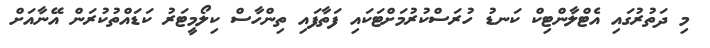
މި ދަތުރުގައި އެޓްލާންޓިކް ކަނޑު ހުރަސްކުރުމަށްޓަކައި ފަތާފައި ތިންހާސް ކިލޯމީޓަރު ކަޑައްތުކުރަން އޭނާއަށް